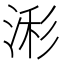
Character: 𰜄